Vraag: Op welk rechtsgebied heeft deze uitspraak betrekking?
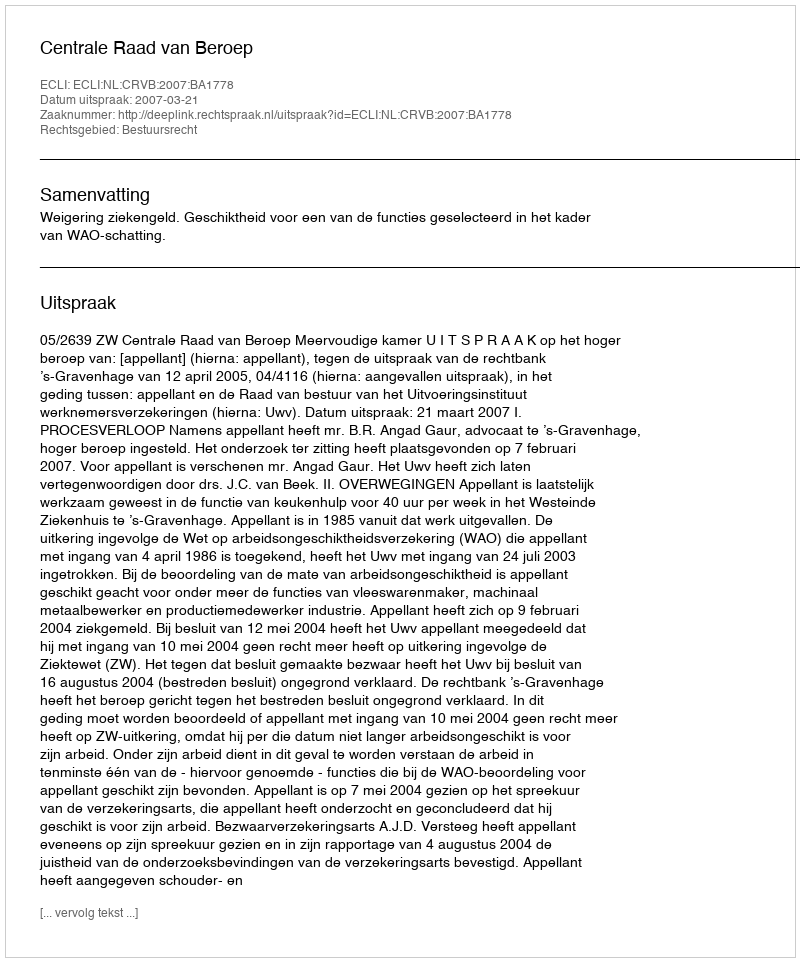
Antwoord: Bestuursrecht